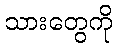
သားတွေကို